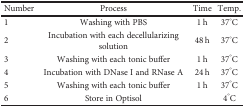
<table><thead><tr><td><b>Number</b></td><td><b>Process</b></td><td><b>Time</b></td><td><b>Temp.</b></td></tr></thead><tbody><tr><td>1</td><td>Washing with PBS</td><td>1 h</td><td>37°C</td></tr><tr><td>2</td><td>Incubation with each decellularizing solution</td><td>48 h</td><td>37°C</td></tr><tr><td>3</td><td>Washing with each tonic buffer</td><td>1 h</td><td>37°C</td></tr><tr><td>4</td><td>Incubation with DNase I and RNase A</td><td>24 h</td><td>37°C</td></tr><tr><td>5</td><td>Washing with each tonic buffer</td><td>1 h</td><td>37°C</td></tr><tr><td>6</td><td>Store in Optisol</td><td></td><td>4°C</td></tr></tbody></table>